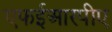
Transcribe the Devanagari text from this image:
एफईआरपीए